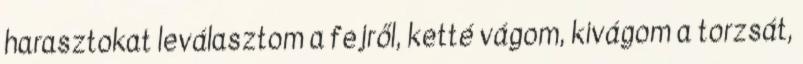
harasztokat leválasztom a fejről, ketté vágom, kivágom a torzsát,